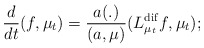
\begin{align*}\frac{d}{dt}(f, \mu_t) = \frac{a(.)}{(a,\mu)}(L^{\rm dif}_{\mu_t}f,\mu_t);\end{align*}